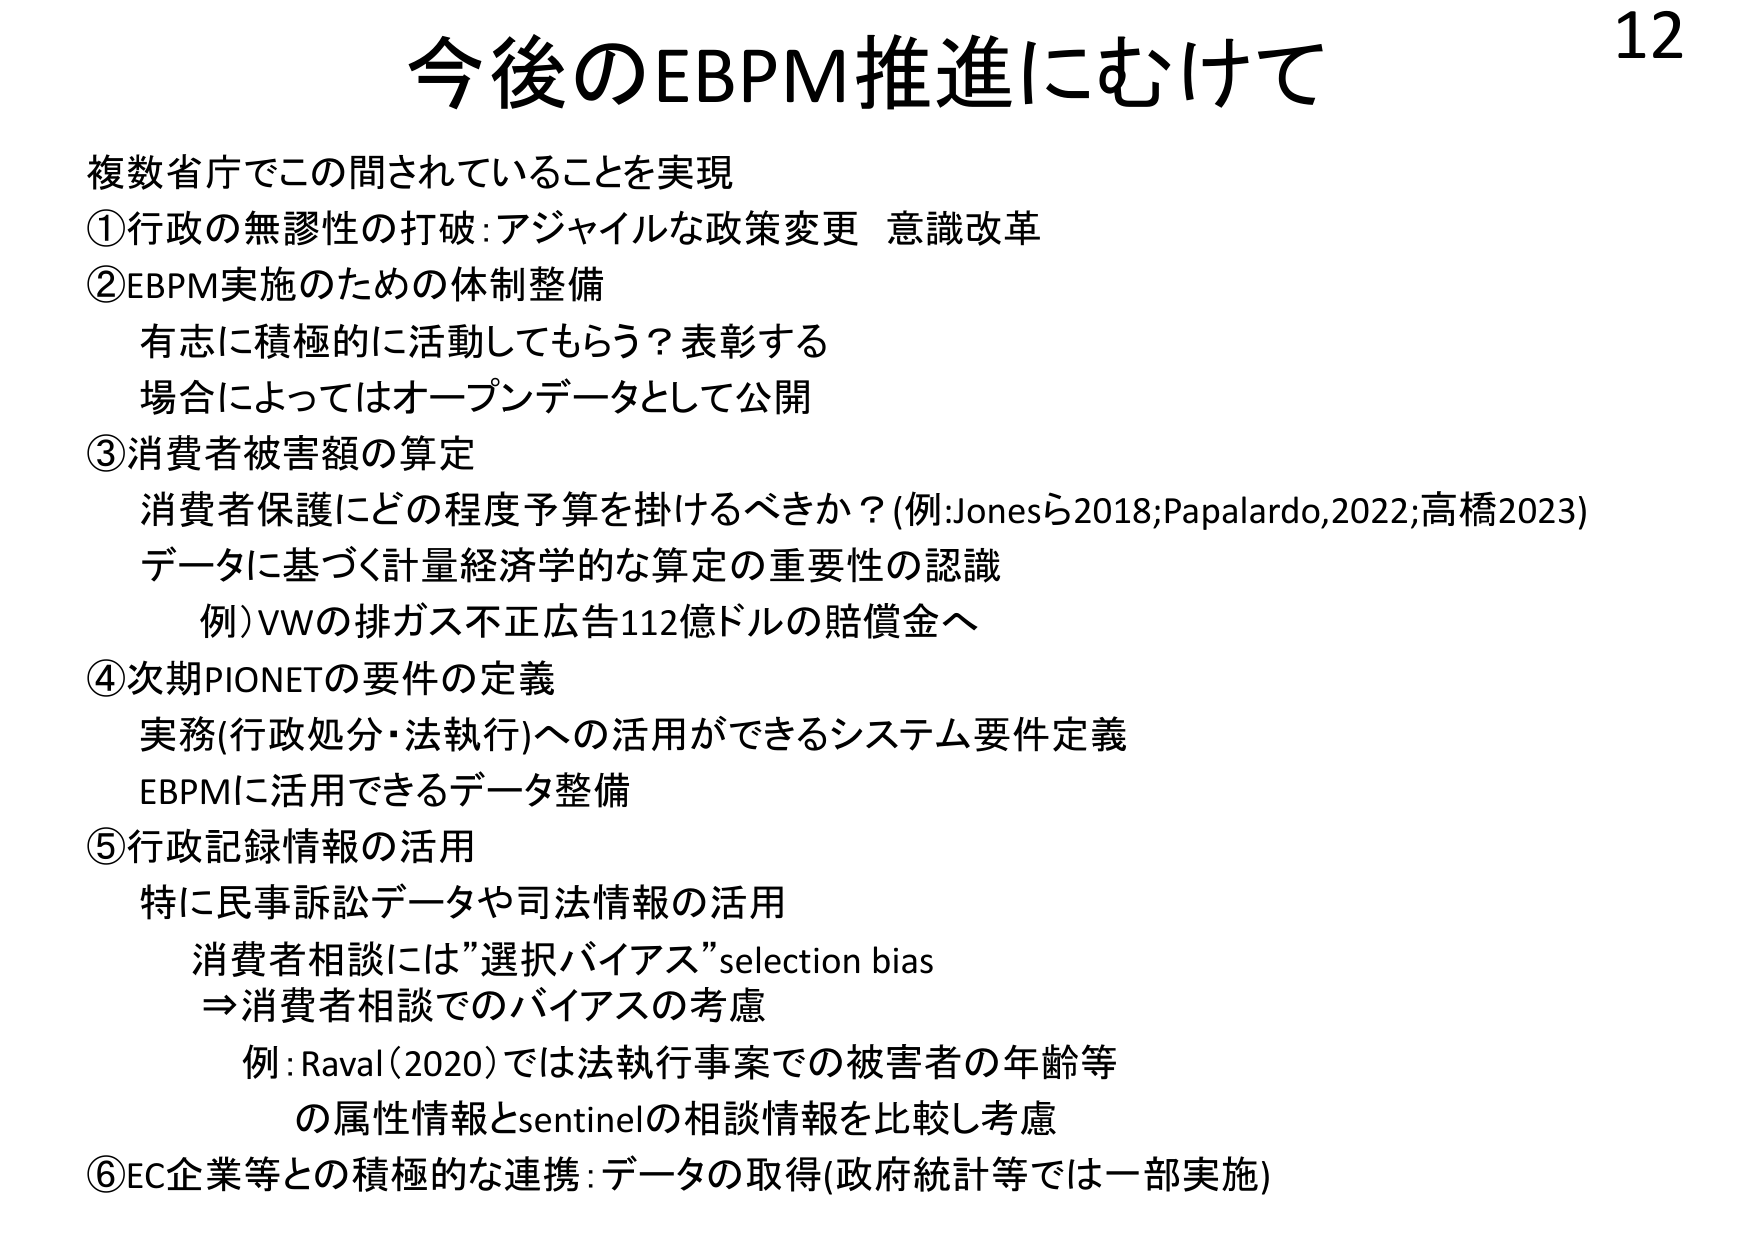
12
今後のEBPM推進にむけて
複数省庁でこの間されていることを実現
①行政の無謬性の打破：アジャイルな政策変更 意識改革
②EBPM実施のための体制整備
　有志に積極的に活動してもらう？表彰する
　場合によってはオープンデータとして公開
③消費者被害額の算定
　消費者保護にどの程度予算を掛けるべきか？（例：Jonesら2018；Papalardo,2022；高橋2023）
　データに基づく計量経済学的な算定の重要性の認識
　　例）VWの排ガス不正広告112億ドルの賠償金へ
④次期PIONETの要件の定義
　実務（行政処分・法執行）への活用ができるシステム要件定義
　EBPMに活用できるデータ整備
⑤行政記録情報の活用
　特に民事訴訟データや司法情報の活用
　　消費者相談には”選択バイアス”selection bias
　　⇒消費者相談でのバイアスの考慮
　　例：Raval（2020）では法執行事案での被害者の年齢等
　　　の属性情報とsentinelの相談情報を比較し考慮
⑥EC企業等との積極的な連携：データの取得（政府統計等では一部実施）